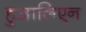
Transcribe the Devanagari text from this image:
हुआलिएन